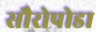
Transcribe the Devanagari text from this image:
सौरोपोडा